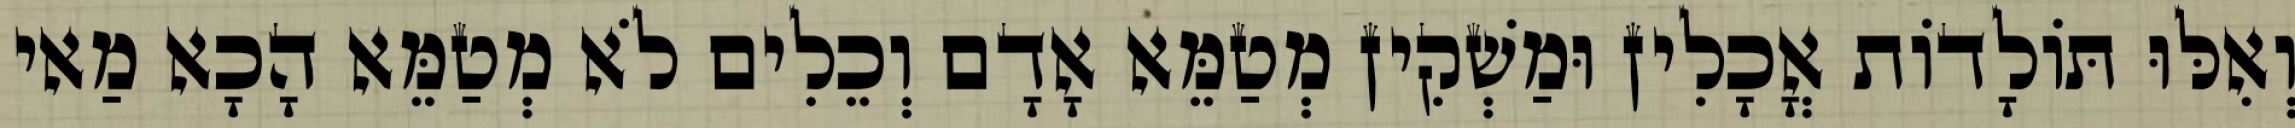
וְאִלּוּ תּוֹלָדוֹת אֳכָלִין וּמַשְׁקִין מְטַמֵּא אָדָם וְכֵלִים לֹא מְטַמֵּא הָכָא מַאי